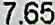
7.65